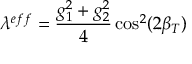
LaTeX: \lambda ^ { e f f } = \frac { g _ { 1 } ^ { 2 } + g _ { 2 } ^ { 2 } } { 4 } \cos ^ { 2 } ( 2 \beta _ { T } )